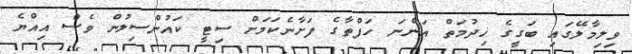
ވިލިމާލޭގައި ބަގީގެ ޚިދުމަތް އަންނަ ހަފްތާގެ ފަށާނެކަމަށް ސިޓީ ކައުންސިލުން ވެސް އިއްޔެ